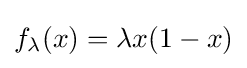
f_{\lambda }(x)=\lambda x(1-x)